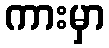
ကားမှာ